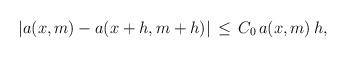
LaTeX: \begin{align*} |a(x,m)-a(x+h,m+h)|\,\leq\, C_0\,a(x,m)\,h,\end{align*}